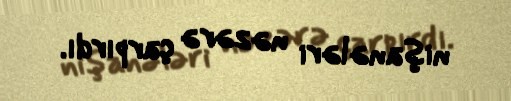
nişanələri nəzərə çarpırdı.